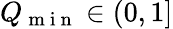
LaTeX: Q_{\mathrm{~m~i~n~}}\in(0,1]